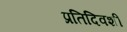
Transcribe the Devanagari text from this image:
प्रतिदिवशीं